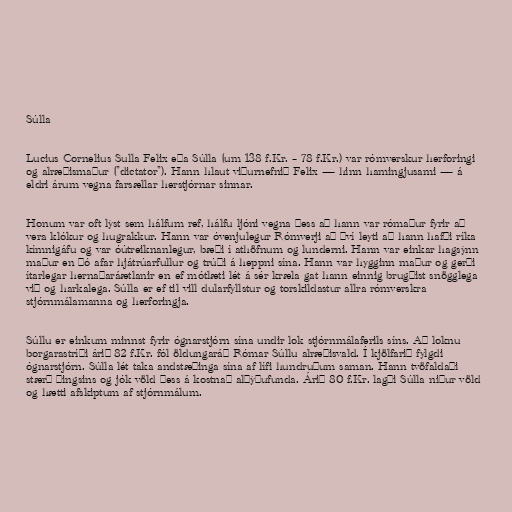
Súlla

Lucius Cornelius Sulla Felix eða Súlla (um 138 f.Kr. – 78 f.Kr.) var rómverskur herforingi
og alræðismaður ("dictator"). Hann hlaut viðurnefnið Felix — hinn hamingjusami — á
eldri árum vegna farsællar herstjórnar sinnar.

Honum var oft lýst sem hálfum ref, hálfu ljóni vegna þess að hann var rómaður fyrir að
vera klókur og hugrakkur. Hann var óvenjulegur Rómverji að því leyti að hann hafði ríka
kímnigáfu og var óútreiknanlegur, bæði í athöfnum og lunderni. Hann var einkar hagsýnn
maður en þó afar hjátrúarfullur og trúði á heppni sína. Hann var hygginn maður og gerði
ítarlegar hernaðaráætlanir en ef mótlæti lét á sér kræla gat hann einnig brugðist snögglega
við og harkalega. Súlla er ef til vill dularfyllstur og torskildastur allra rómverskra
stjórnmálamanna og herforingja.

Súllu er einkum minnst fyrir ógnarstjórn sína undir lok stjórnmálaferils síns. Að loknu
borgarastríði árið 82 f.Kr. fól öldungaráð Rómar Súllu alræðisvald. Í kjölfarið fylgdi
ógnarstjórn. Súlla lét taka andstæðinga sína af lífi hundruðum saman. Hann tvöfaldaði
stærð þingsins og jók völd þess á kostnað alþýðufunda. Árið 80 f.Kr. lagði Súlla niður völd
og hætti afskiptum af stjórnmálum.